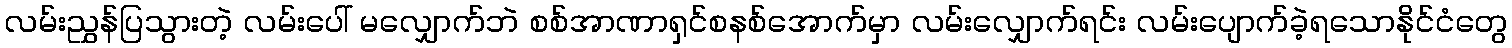
လမ်းညွှန်ပြသွားတဲ့ လမ်းပေါ် မလျှောက်ဘဲ စစ်အာဏာရှင်စနစ်အောက်မှာ လမ်းလျှောက်ရင်း လမ်းပျောက်ခဲ့ရသောနိုင်ငံတွေ